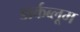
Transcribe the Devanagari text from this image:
डार्कब्लूम